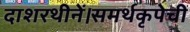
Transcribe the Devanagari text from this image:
दाशरथीनें।समर्थकृपेचीं